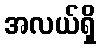
အလယ်ရှိ